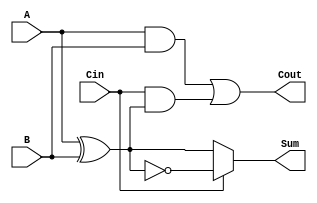
module ConditionalSumFullAdder (
    input  wire A,      // First input bit
    input  wire B,      // Second input bit
    input  wire Cin,    // Carry-in bit
    output wire Sum,    // Resulting sum bit
    output wire Cout    // Carry-out bit
);

    // Intermediate signals
    wire AB_xor;        // A XOR B
    wire AB_and;        // A AND B
    wire Cin_and_AB;    // Cin AND (A XOR B)

    // Compute A XOR B
    assign AB_xor = A ^ B;

    // Compute A AND B
    assign AB_and = A & B;

    // Compute Cin AND (A XOR B)
    assign Cin_and_AB = Cin & AB_xor;

    // Sum calculation based on Cin
    assign Sum = (Cin == 1'b0) ? AB_xor : ~AB_xor;

    // Carry-out calculation
    assign Cout = AB_and | Cin_and_AB;

endmodule